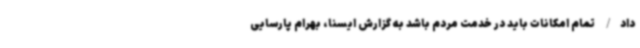
داد/ تمام امکانات باید در خدمت مردم باشد به گزارش ایسنا، بهرام پارسایی